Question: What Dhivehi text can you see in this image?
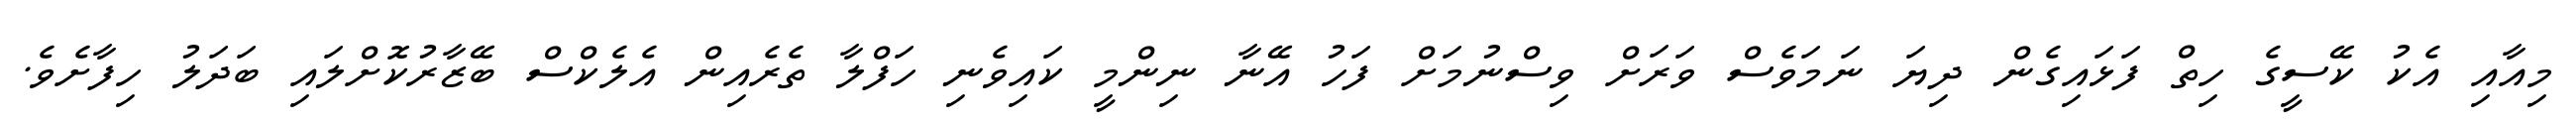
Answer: މިއާއި އެކު ކޭސީގެ ހިތް ފަޅައިގެން ދިޔަ ނަމަވެސް ވަރަށް ވިސްނުމަށް ފަހު އޭނާ ނިންމީ ކައިވެނި ހަފްލާ ތެރެއިން އެލެކްސް ބޭޒާރުކޮށްލައި ބަދަލު ހިފާށެވެ.